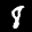
Label: 8